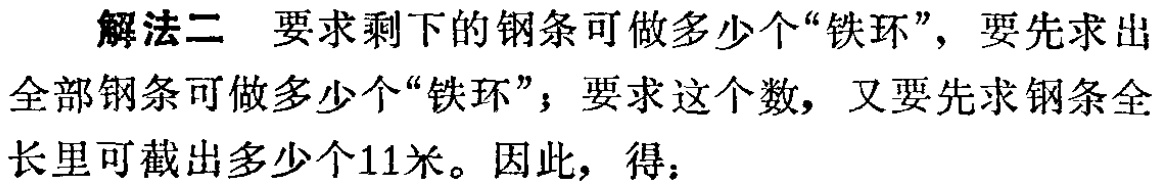
解法二 要求剩下的钢条可做多少个“铁环”，要先求出全部钢条可做多少个“铁环”；要求这个数，又要先求钢条全长里可截出多少个11米。因此，得：